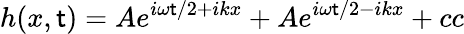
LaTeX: h(x,\mathsf{t})=Ae^{i\omega\mathsf{t}/2+ikx}+Ae^{i\omega\mathsf{t}/2-ikx}+cc